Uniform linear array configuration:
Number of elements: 24
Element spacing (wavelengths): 0.5
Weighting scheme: hann
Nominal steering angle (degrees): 15
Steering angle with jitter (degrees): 13.132
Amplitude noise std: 0.05
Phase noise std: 0.05

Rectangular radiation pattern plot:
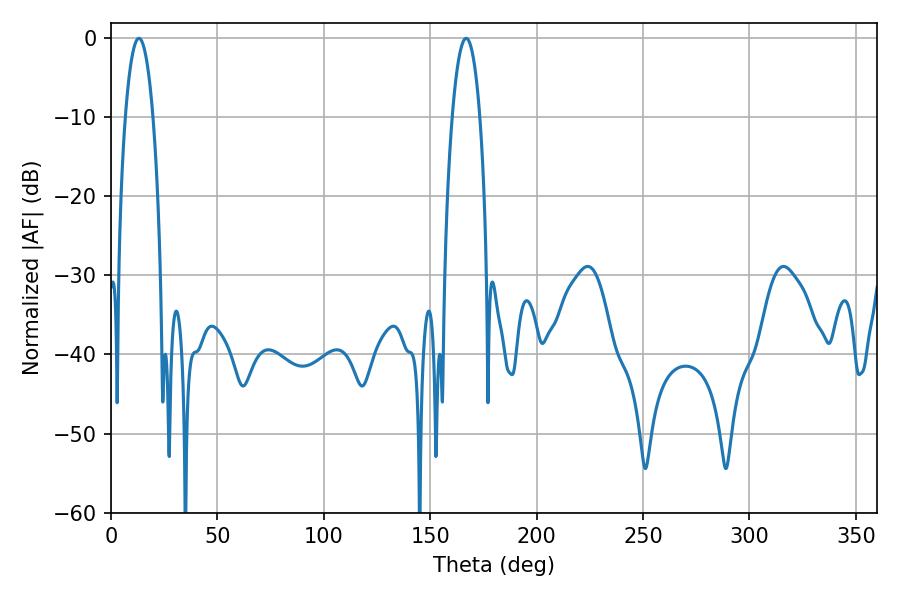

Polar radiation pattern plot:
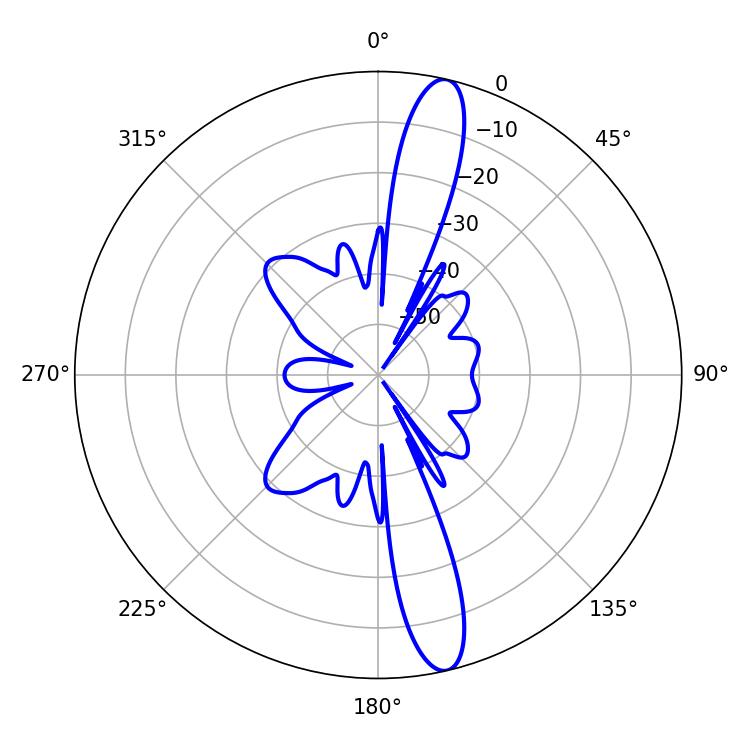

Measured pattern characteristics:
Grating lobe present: FALSE
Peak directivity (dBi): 15.15
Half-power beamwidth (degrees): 7.2
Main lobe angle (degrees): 13.14